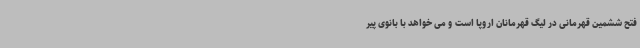
فتح ششمین قهرمانی در لیگ قهرمانان اروپا است و می خواهد با بانوی پیر